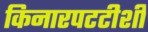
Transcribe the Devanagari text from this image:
किनारपटटीशी